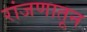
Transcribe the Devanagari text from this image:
रांजणातून